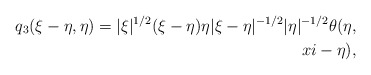
\begin{align*}q_3(\xi-\eta, \eta) = |\xi|^{1/2} (\xi-\eta)\eta |\xi-\eta|^{-1/2} |\eta|^{-1/2} \theta(\eta,\\xi-\eta),\end{align*}